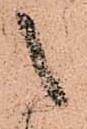
之